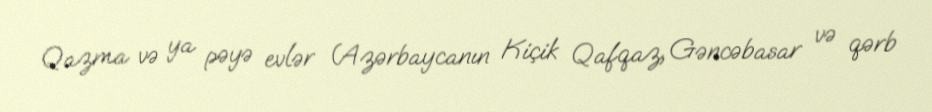
Qazma və ya pəyə evlər (Azərbaycanın Kiçik Qafqaz, Gəncəbasar və qərb